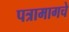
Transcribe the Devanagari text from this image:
पत्रामागचे